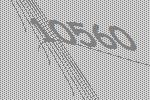
10560